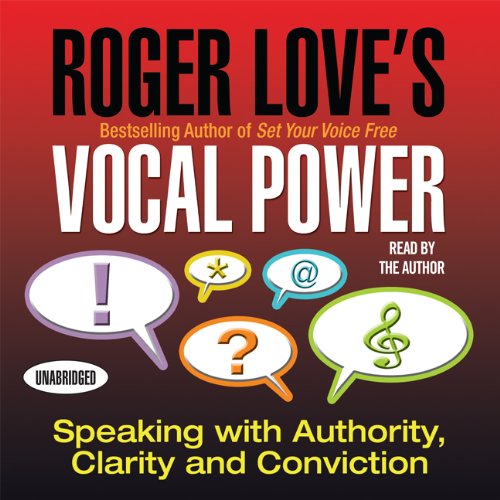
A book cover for Roger Love's Vocal Power: Speaking with Authority, Clarity and Conviction (Your Coach in a Box); Roger Love; Reference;